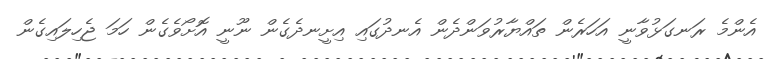
އެންމެ ރަނގަޅުވާނީ އަހަރެން ތައްޔާރުވަންދެން އެނދުގައި އިށީނދެގެން ނޫނީ އޮށޯވެގެން ހަމަ ޖެހިލައިގެން